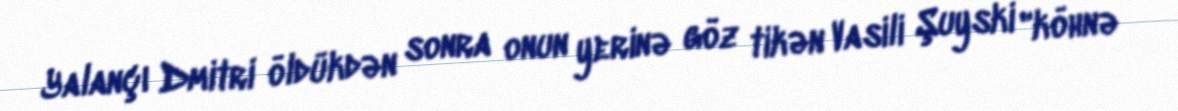
Yalançı Dmitri öldükdən sonra onun yerinə göz tikən Vasili Şuyski "köhnə